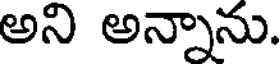
అని అన్నాను.